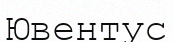
Ювентус